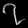
Digit: ၇